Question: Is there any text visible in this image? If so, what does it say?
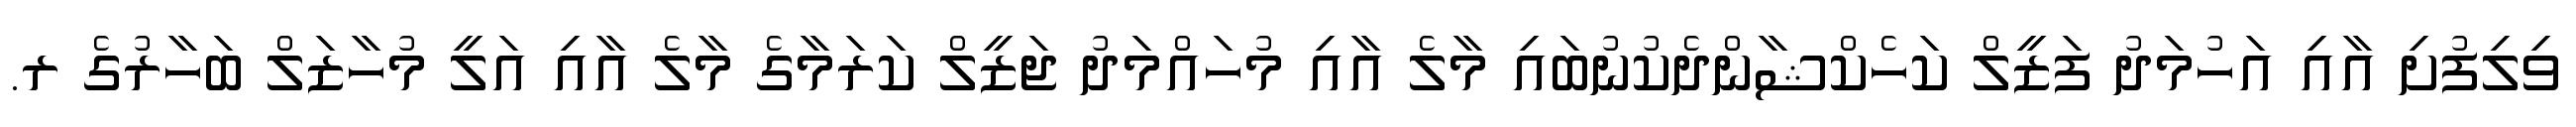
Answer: ވިލިފުށި އާއި އަހުމަދު ފަޒީލް ކަހެކްޝާންދެކުނުބައި މާލެ އާއި މުހައްމަދު ޖަޒީލް ކަރަމާގެ މާލެ އާއި އަލީ މުހާޒަލް ބަހާރުގެ ރ.